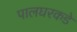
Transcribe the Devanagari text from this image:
पालघरकडे